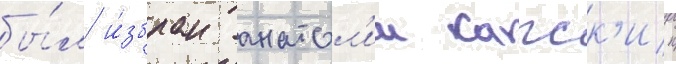
бы́л и́збран анатол'ии капск'ии